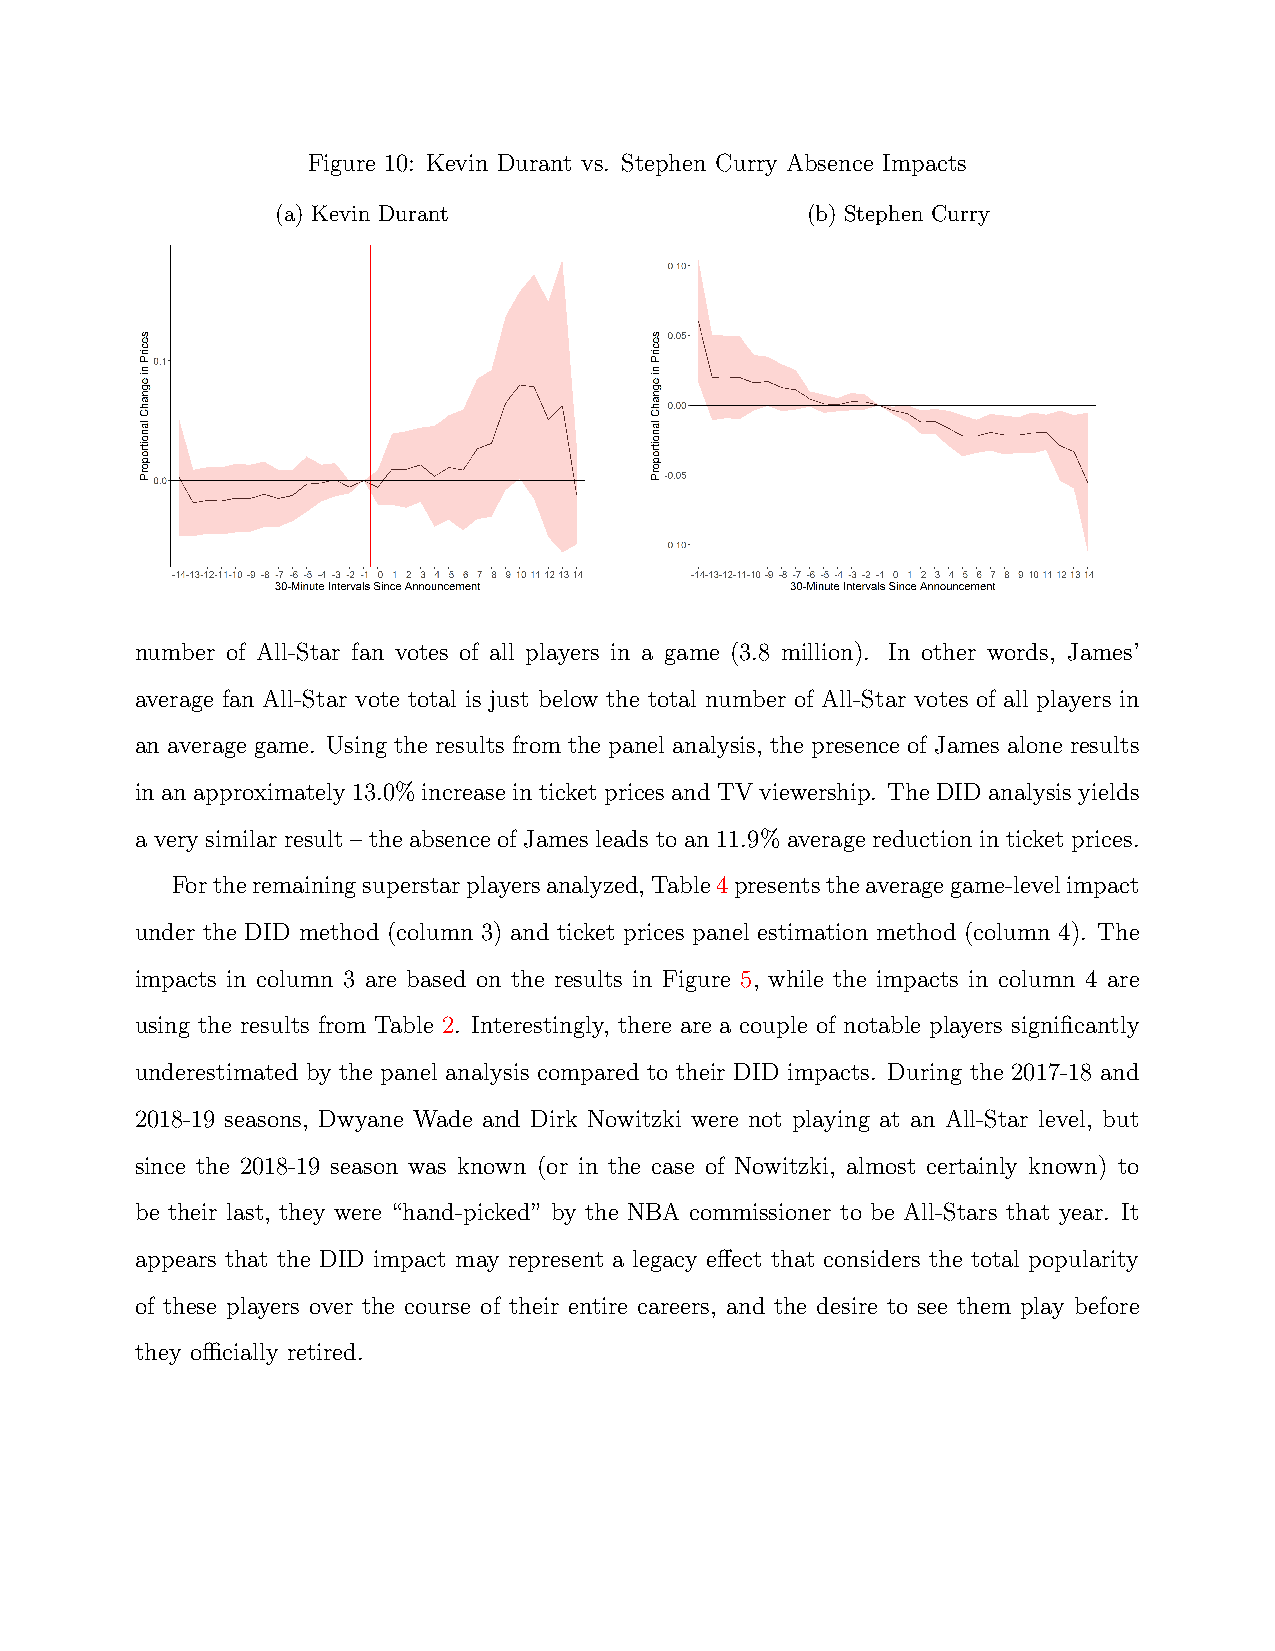
Figure 10: Kevin Durant vs. Stephen Curry Absence Impacts
 (a) Kevin Durant                   (b) Stephen Curry
 number of All-Star fan votes of all players in a game (3.8 million). In other words, James’
 average fan All-Star vote total is just below the total number of All-Star votes of all players in
 an average game. Using the results from the panel analysis, the presence of James alone results
 in an approximately 13.0% increase in ticket prices and TV viewership. The DID analysis yields
 a very similar result – the absence of James leads to an 11.9% average reduction in ticket prices.
 Fortheremainingsuperstarplayersanalyzed,Table4presentstheaveragegame-levelimpact
 under the DID method (column 3) and ticket prices panel estimation method (column 4). The
 impacts in column 3 are based on the results in Figure 5, while the impacts in column 4 are
 using the results from Table 2. Interestingly, there are a couple of notable players significantly
 underestimated by the panel analysis compared to their DID impacts. During the 2017-18 and
 2018-19 seasons, Dwyane Wade and Dirk Nowitzki were not playing at an All-Star level, but
 since the 2018-19 season was known (or in the case of Nowitzki, almost certainly known) to
 be their last, they were “hand-picked” by the NBA commissioner to be All-Stars that year. It
 appears that the DID impact may represent a legacy effect that considers the total popularity
 of these players over the course of their entire careers, and the desire to see them play before
 they officially retired.